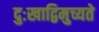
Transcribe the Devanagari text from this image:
दुःखाद्विमुच्यते